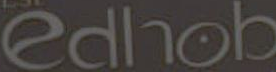
edhob